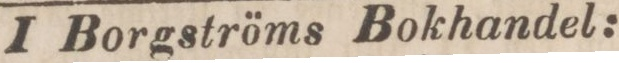
I Borgströms Bokhandel: